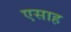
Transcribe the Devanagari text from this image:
एसाह